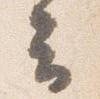
云